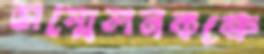
সম্মেলনকক্ষে